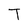
Character: T